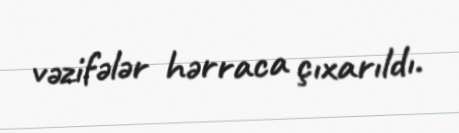
vəzifələr hərraca çıxarıldı.